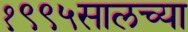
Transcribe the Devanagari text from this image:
१९९५सालच्या